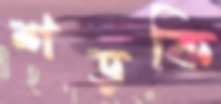
শড়কি